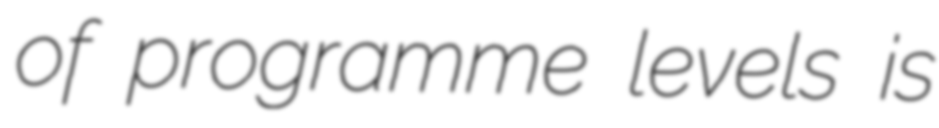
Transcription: of programme levels is